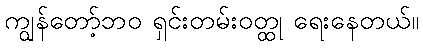
ကျွန်တော့်ဘဝ ရှင်းတမ်းဝတ္ထု ရေးနေတယ်။